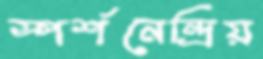
স্পর্শনেন্দ্রিয়